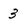
Character: 3